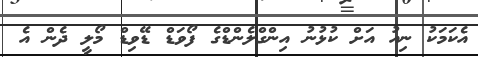
އެކަމަކު ނިއު އަށް ކުޅުނު އިންގްލެންޑްގެ ފޯވަޑް ޑޭވިޑް މޯލީ ދެން އެ